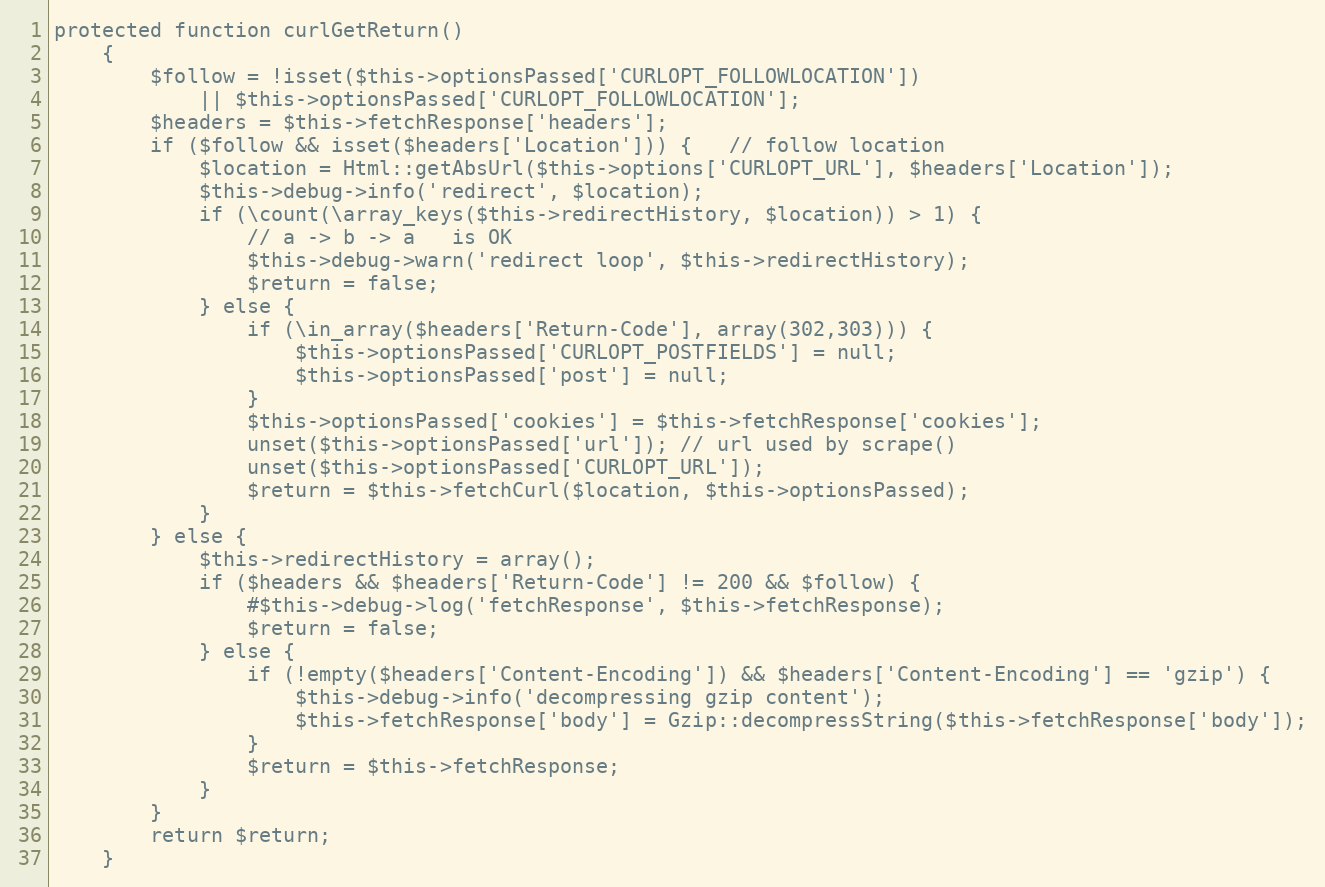
Language: PHP
protected function curlGetReturn()
    {
        $follow = !isset($this->optionsPassed['CURLOPT_FOLLOWLOCATION'])
            || $this->optionsPassed['CURLOPT_FOLLOWLOCATION'];
        $headers = $this->fetchResponse['headers'];
        if ($follow && isset($headers['Location'])) {   // follow location
            $location = Html::getAbsUrl($this->options['CURLOPT_URL'], $headers['Location']);
            $this->debug->info('redirect', $location);
            if (\count(\array_keys($this->redirectHistory, $location)) > 1) {
                // a -> b -> a   is OK
                $this->debug->warn('redirect loop', $this->redirectHistory);
                $return = false;
            } else {
                if (\in_array($headers['Return-Code'], array(302,303))) {
                    $this->optionsPassed['CURLOPT_POSTFIELDS'] = null;
                    $this->optionsPassed['post'] = null;
                }
                $this->optionsPassed['cookies'] = $this->fetchResponse['cookies'];
                unset($this->optionsPassed['url']); // url used by scrape()
                unset($this->optionsPassed['CURLOPT_URL']);
                $return = $this->fetchCurl($location, $this->optionsPassed);
            }
        } else {
            $this->redirectHistory = array();
            if ($headers && $headers['Return-Code'] != 200 && $follow) {
                #$this->debug->log('fetchResponse', $this->fetchResponse);
                $return = false;
            } else {
                if (!empty($headers['Content-Encoding']) && $headers['Content-Encoding'] == 'gzip') {
                    $this->debug->info('decompressing gzip content');
                    $this->fetchResponse['body'] = Gzip::decompressString($this->fetchResponse['body']);
                }
                $return = $this->fetchResponse;
            }
        }
        return $return;
    }